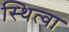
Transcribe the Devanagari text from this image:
स्थित्वा